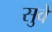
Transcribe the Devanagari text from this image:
सुवे